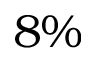
8 \%